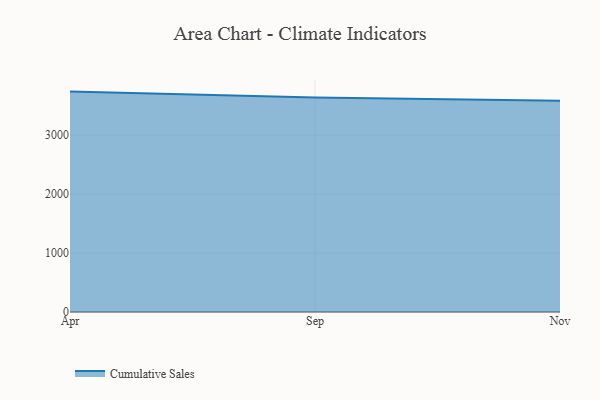
{"axis": {"x": "Month", "y": "Waste Production (Tons)"}, "legend": ["Cumulative Sales"], "data": [{"x": "Apr", "y": 3739.9, "type": "Cumulative Sales"}, {"x": "Sep", "y": 3639.0, "type": "Cumulative Sales"}, {"x": "Nov", "y": 3586.0, "type": "Cumulative Sales"}]}